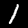
Digit: 1